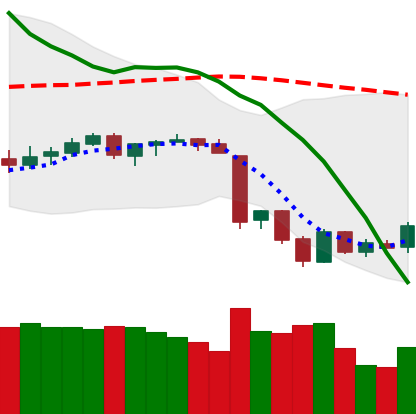
Ticker: BTC-USD
Chart end date: 2018-06-18
Forward return: -8.498%
Label: down_7plus